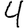
Digit: 4